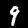
Digit: 9